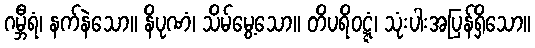
ဂမ္ဘီရံ၊ နက်နဲသော။ နိပုဏံ၊ သိမ်မွေ့သော။ တိပရိဝဋ္ဋံ၊ သုံးပါးအပြန်ရှိသော။